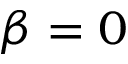
\beta = 0